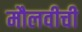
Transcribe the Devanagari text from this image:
मौलवीची